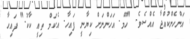
އަންހެންކުއްޖާ އެއްސެވެ. "ހޫމް. އަހަންނަށް ކިޔާނީ ފައިހާ. އެކަމް ތިއީ ކާކު." ފައިހާ